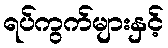
ရပ်ကွက်များနှင့်